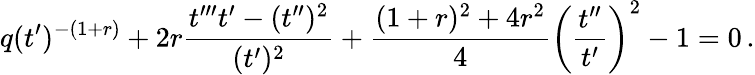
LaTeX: q(t^{\prime})^{-(1+r)}+2r\frac{t^{\prime\prime\prime}t^{\prime}-(t^{\prime\prime})^{2}}{(t^{\prime})^{2}}+\frac{(1+r)^{2}+4r^{2}}{4}\left(\frac{t^{\prime\prime}}{t^{\prime}}\right)^{2}-1=0\, .